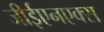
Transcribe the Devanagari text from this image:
जीईएनएक्स